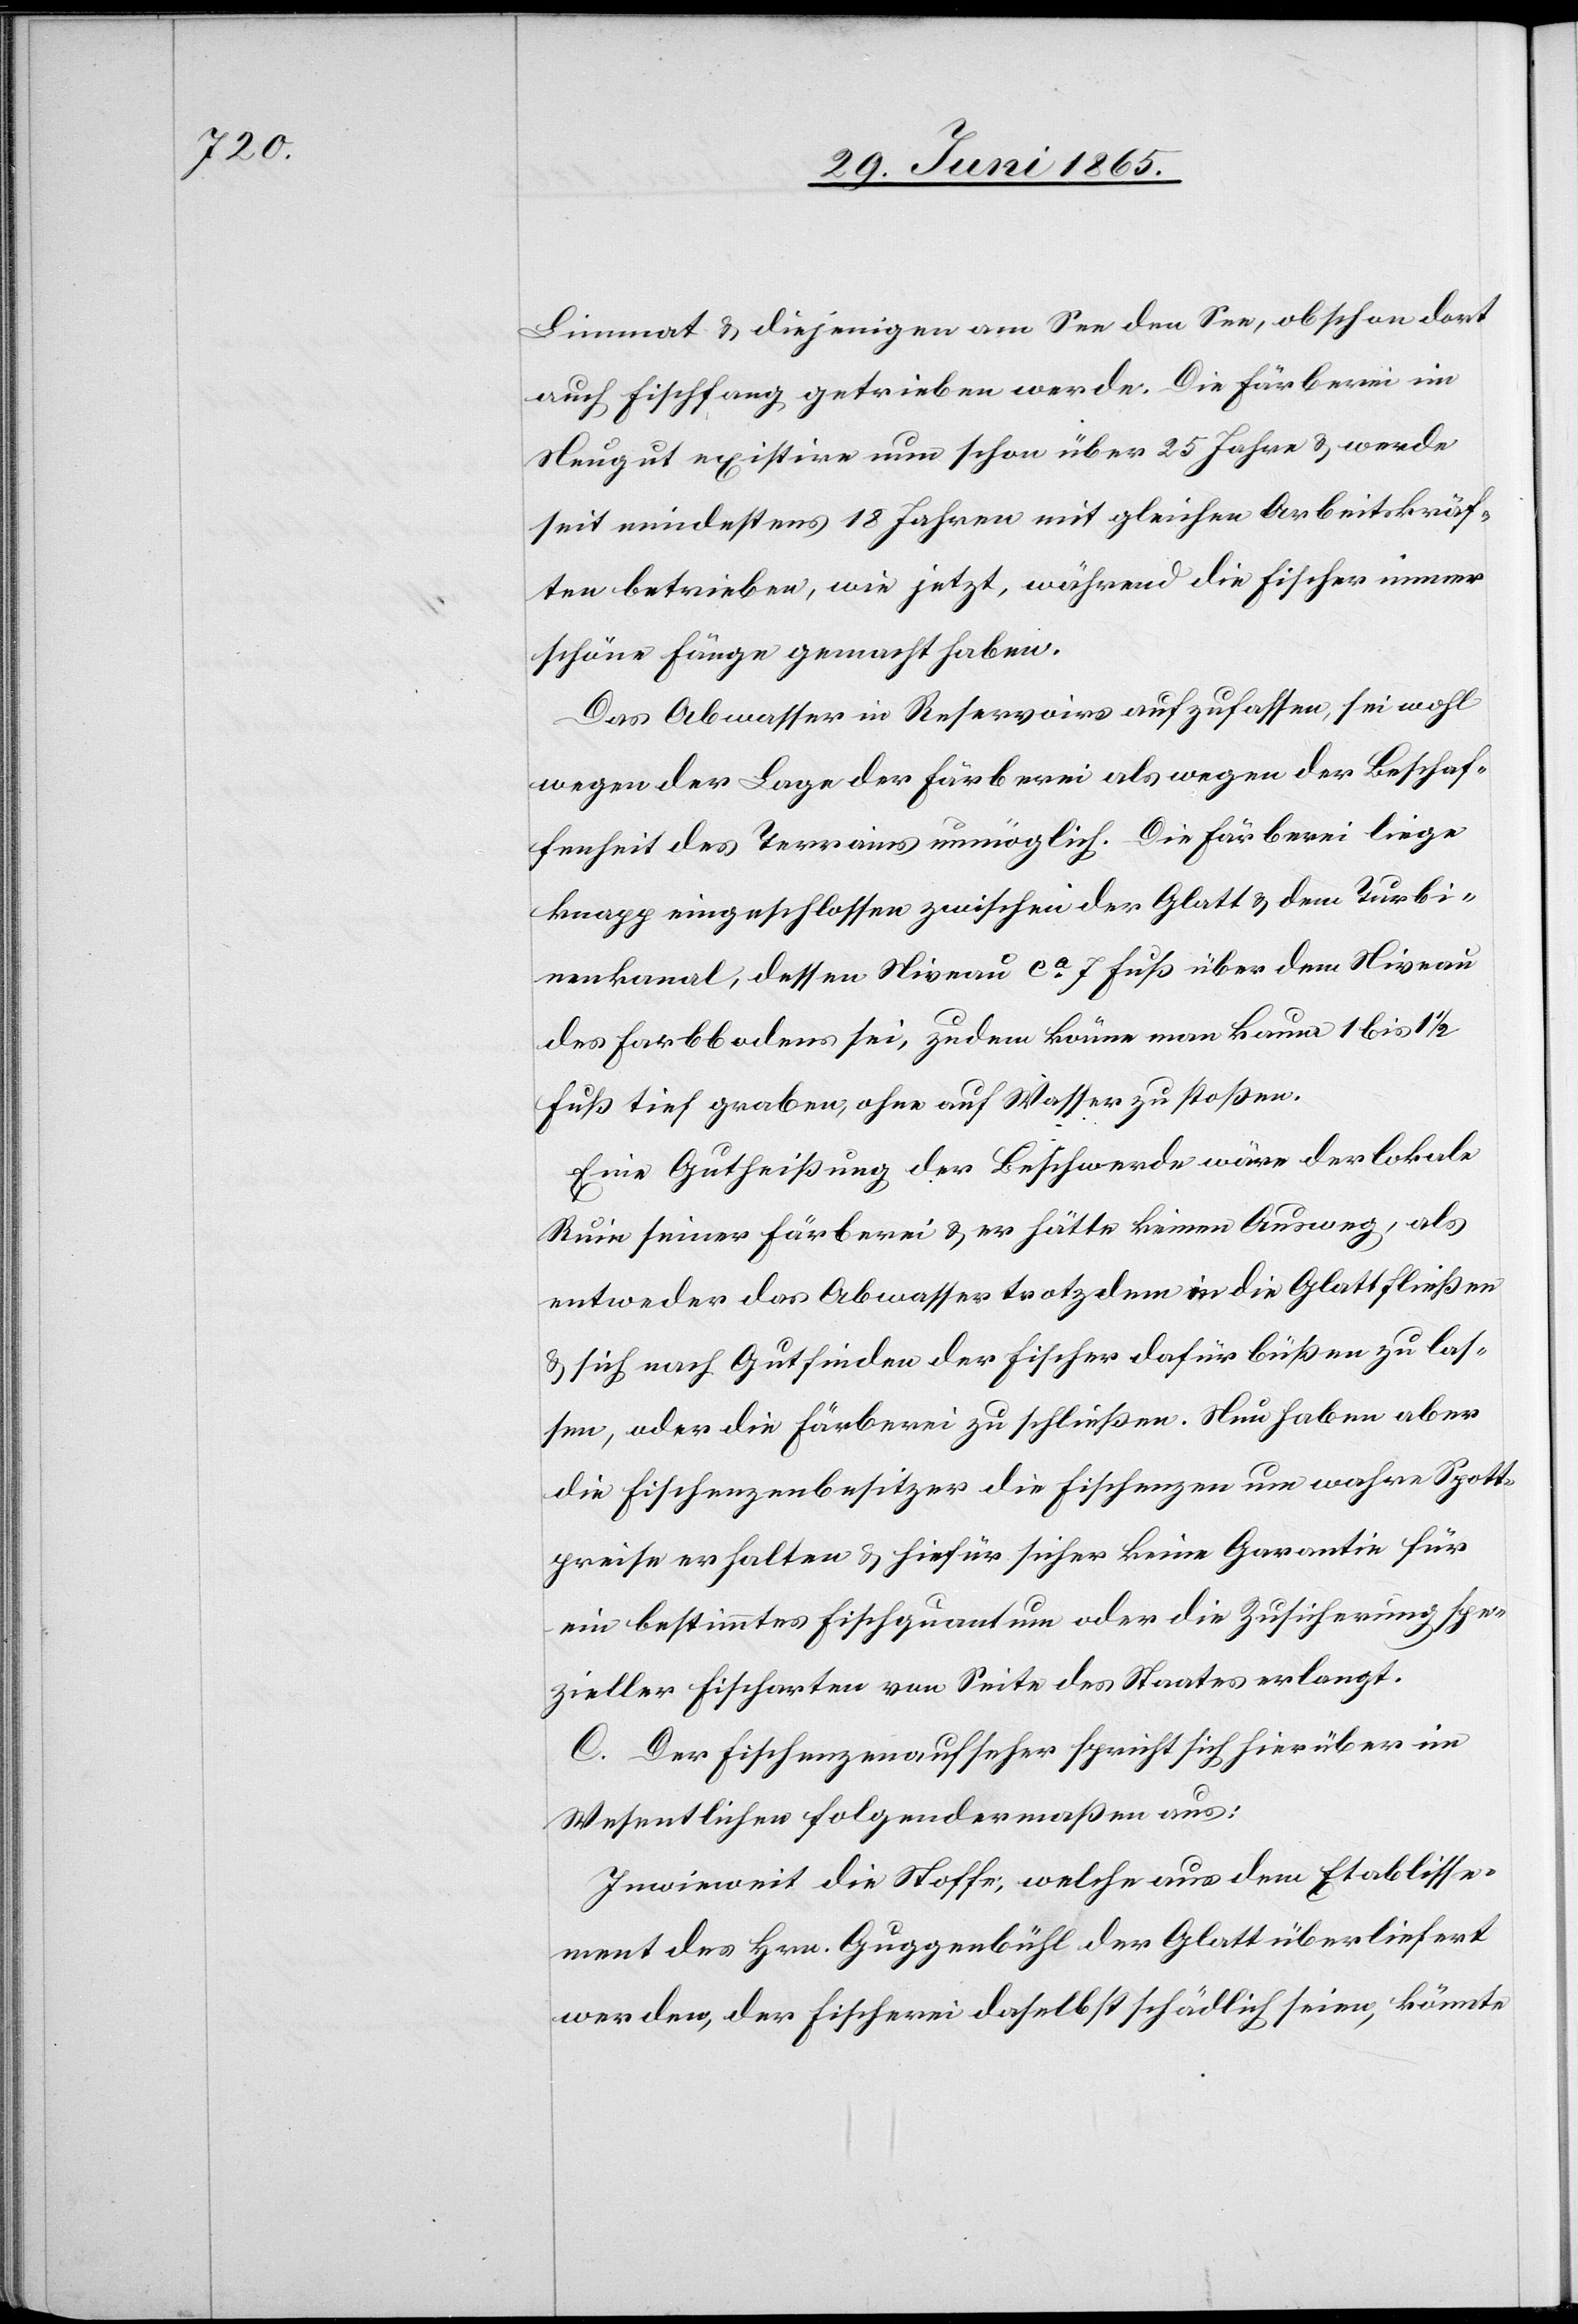
Limmat & diejenigen am See den See, obschon dort
auch Fischfang getrieben werde. Die Färberei im
Neugut existire nun schon über 25 Jahre & werde
seit mindestens 18 Jahren mit gleichen Arbeitskräf¬
ten betrieben, wie jetzt, während die Fischer immer
schöne Fänge gemacht haben.
Das Abwasser in Reservoirs aufzufassen, sei wohl
wegen der Lage der Färberei als wegen der Beschaf¬
fenheit des Terrains unmöglich. Die Färberei liege
knapp eingeschlossen zwischen der Glatt & dem Turbi¬
nenkanal, dessen Niveau ca 7 Fuß über dem Niveau
des Farbbodens sei, zudem könne man kaum 1 bis 1 ½
Fuß tief graben, ohne auf Wasser zu stoßen.
Eine Gutheißung der Beschwerde wäre der lokale
Ruin seiner Färberei & er hätte keinen Ausweg, als
entweder das Abwasser trotzdem in die Glatt fliesen
& sich nach Gutfinden der Fischer dafür büßen zu las¬
sen, oder die Färberei zu schließen. Nun haben aber
die Fischenzenbesitzer die Fischenzen um wahre Spott¬
preise erhalten & hiefür sicher keine Garantie für
ein bestimmtes Fischquantum oder die Zusicherung spe¬
zieller Fischarten von Seite des Staates erlangt.
C. Der Fischenzenaufseher spricht sich hierüber im
Wesentlichen folgendermaßen aus:
Inwieweit die Stoffe, welche aus dem Etablisse¬
ment des Hrn. Guggenbühl der Glatt überliefert
werden, der Fischerei daselbst schädlich seien, könnte